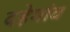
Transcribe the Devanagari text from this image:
दहेगांव